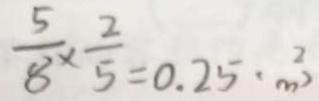
\frac { 5 } { 8 } \times \frac { 2 } { 5 } = 0 . 2 5 ( m ^ { 2 } )